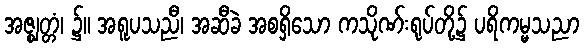
အဇ္ဈတ္တံ၊ ၌။ အရူပသညီ၊ အဆီခဲ အစရှိသော ကသိုဏ်းရုပ်တို့၌ ပရိကမ္မသညာ